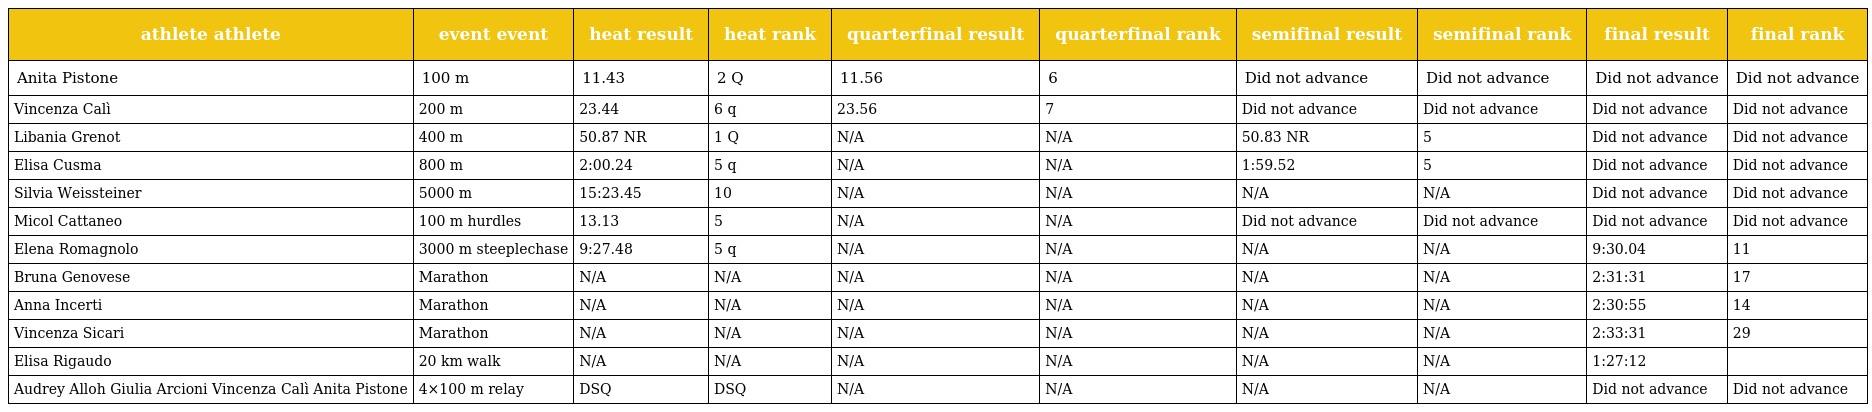
| athlete athlete | event event | heat result | heat rank | quarterfinal result | quarterfinal rank | semifinal result | semifinal rank | final result | final rank |
 | --- | --- | --- | --- | --- | --- | --- | --- | --- | --- |
 | Anita Pistone | 100 m | 11.43 | 2 Q | 11.56 | 6 | Did not advance | Did not advance | Did not advance | Did not advance |
 | Vincenza Calì | 200 m | 23.44 | 6 q | 23.56 | 7 | Did not advance | Did not advance | Did not advance | Did not advance |
 | Libania Grenot | 400 m | 50.87 NR | 1 Q | N/A | N/A | 50.83 NR | 5 | Did not advance | Did not advance |
 | Elisa Cusma | 800 m | 2:00.24 | 5 q | N/A | N/A | 1:59.52 | 5 | Did not advance | Did not advance |
 | Silvia Weissteiner | 5000 m | 15:23.45 | 10 | N/A | N/A | N/A | N/A | Did not advance | Did not advance |
 | Micol Cattaneo | 100 m hurdles | 13.13 | 5 | N/A | N/A | Did not advance | Did not advance | Did not advance | Did not advance |
 | Elena Romagnolo | 3000 m steeplechase | 9:27.48 | 5 q | N/A | N/A | N/A | N/A | 9:30.04 | 11 |
 | Bruna Genovese | Marathon | N/A | N/A | N/A | N/A | N/A | N/A | 2:31:31 | 17 |
 | Anna Incerti | Marathon | N/A | N/A | N/A | N/A | N/A | N/A | 2:30:55 | 14 |
 | Vincenza Sicari | Marathon | N/A | N/A | N/A | N/A | N/A | N/A | 2:33:31 | 29 |
 | Elisa Rigaudo | 20 km walk | N/A | N/A | N/A | N/A | N/A | N/A | 1:27:12 |  |
 | Audrey Alloh Giulia Arcioni Vincenza Calì Anita Pistone | 4×100 m relay | DSQ | DSQ | N/A | N/A | N/A | N/A | Did not advance | Did not advance |